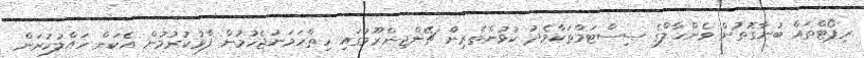
ރިޕޯޓްތައް ބުނާގޮތުން ވެންހާލްގެ ސިސްޓަމްތަކާމެދު ކުޅުންތެރިން ޗޭންޖިންރޫމުގައި ހިތްހަމަނުޖެހުމުން ފާޅުކުރުމުން އެކަން ހައްލުކުރަން